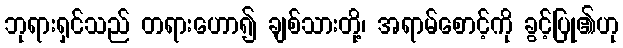
ဘုရားရှင်သည် တရားဟော၍ ချစ်သားတို့၊ အရာမ်စောင့်ကို ခွင့်ပြု၏ဟု